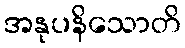
အနုပနိသောတိ